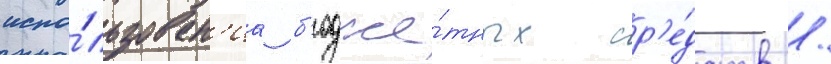
испо́льзован'иа б'юдже́тных ср'е́дств /